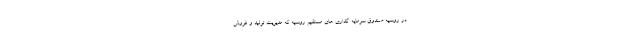
در روسیه صندوق سرمایه گذاری های مستقیم روسیه که مدیریت تولید و فروش